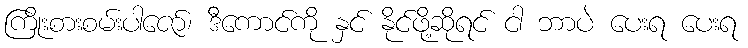
ကြိုးစားစမ်းပါဇော်၊ ဒီကောင်ကို နှင် နိုင်ဖို့ဆိုရင် ငါ ဘာပဲ ပေးရ ပေးရ